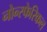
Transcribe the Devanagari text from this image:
नोन्स्फेरिकल